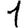
Digit: 1